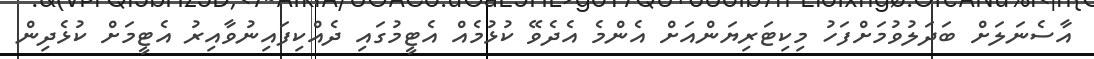
އާސެނަލަށް ބަދަލުވުމަށްފަހު މިކިޓަރިޔަންއަށް އެންމެ އެދެވޭ ކުޅުމެއް އެޓީމުގައި ދެއްކިފައިނުވާއިރު އެޓީމަށް ކުޅެދިން